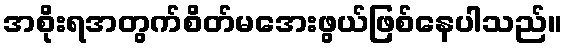
အစိုးရအတွက်စိတ်မအေးဖွယ်ဖြစ်နေပါသည်။